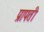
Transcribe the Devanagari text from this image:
प्रापती